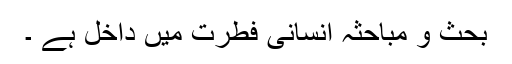
بحث و مباحثہ انسانی فطرت میں داخل ہے ۔